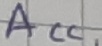
Text: ACC